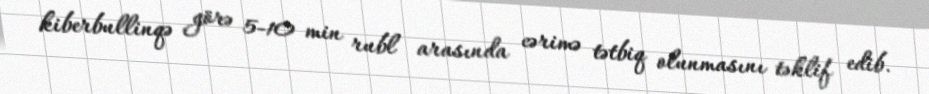
kiberbullinqə görə 5-10 min rubl arasında cərimə tətbiq olunmasını təklif edib.